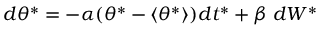
d \theta ^ { * } = - \alpha ( \theta ^ { * } - \langle { \theta ^ { * } } \rangle ) d t ^ { * } + \beta \; d W ^ { * }